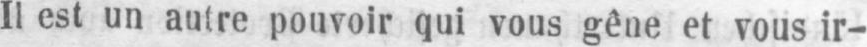
Il est un autre pouvoir qui vous gêne et vous ir-